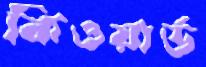
কিওয়ার্ড